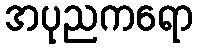
အပုညကရော